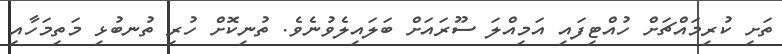
ތަށި ކުރިމައްޗަށް ހުއްޓިފައި އަމިއްލަ ސޫރައަށް ބަލައިލެވުނެވެ. ތުނިކޮށް ހުރި ތުނބުޅި މަތިމަހާއި